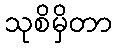
သုစိမှိတာ